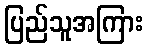
ပြည်သူအကြား